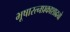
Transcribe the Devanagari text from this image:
भूषारत्नप्रकाशाढ्यो